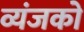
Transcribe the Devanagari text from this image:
व्यंजको